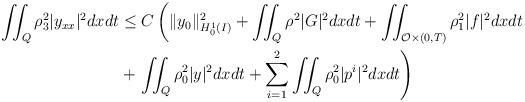
LaTeX: \begin{align*}\iint_Q \rho_3^2 |y_{xx}|^2 dxdt &\leq C \left(\|y_0\|_{H_0^1(I)}^2 + \iint_Q \rho^2 |G|^2 dxdt + \iint_{\mathcal{O} \times (0,T)} \rho_1^2 |f|^2 dxdt \right. \\&+ \left. \iint_Q \rho_0^2|y|^2 dxdt + \sum_{i=1}^2 \iint_Q \rho_0^2 |p^i|^2 dxdt \right)\end{align*}